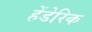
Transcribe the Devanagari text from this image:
हेंडेरिक